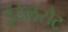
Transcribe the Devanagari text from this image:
इंटेलसैट